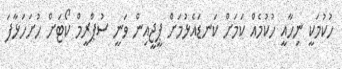
ހުކުމަކީ ނިހާއީ ހުކުމެއް ކަމަށް ކަނޑައެޅުމަށް ޕީޖީއިން ވަނީ ސުޕްރީމް ކޯޓަށް ހުށަހަޅާފަ